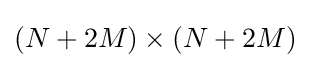
(N+2M)\times (N+2M)